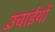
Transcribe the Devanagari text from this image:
उँचाईयों